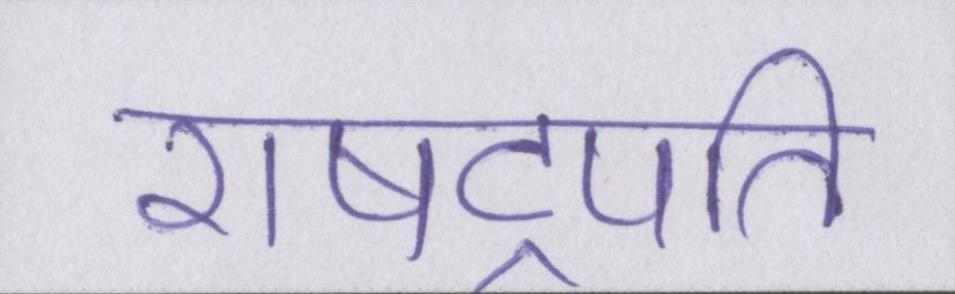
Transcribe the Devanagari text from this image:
राषट्रपति